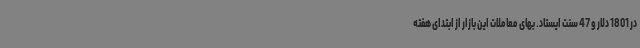
در 1801 دلار و 47 سنت ایستاد. بهای معاملات این بازار از ابتدای هفته